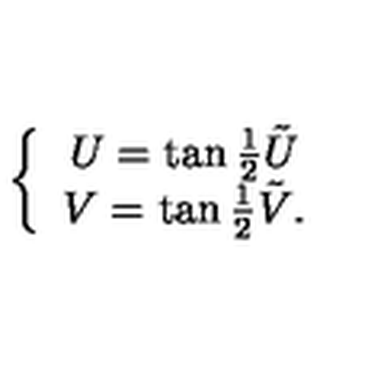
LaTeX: \left\{ \begin{array} { c } { U = \tan { \frac { 1 } { 2 } } \tilde { U } \nonumber } \\ { V = \tan { \frac { 1 } { 2 } } \tilde { V } . } \\ \end{array} \right.